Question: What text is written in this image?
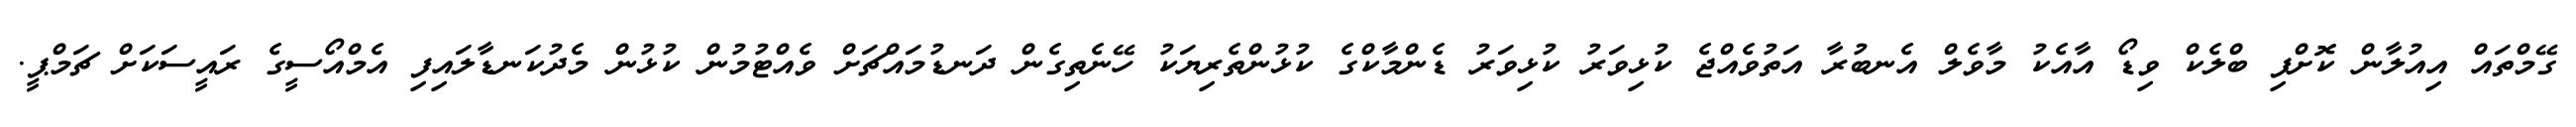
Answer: ގޭމްތައް އިއުލާން ކޮށްފި ބްލެކް ވިޑޯ އާއެކު މާވެލް އެނބުރާ އަތުވެއްޖެ ކުޅިވަރު ކުޅިވަރު ޑެންމާކްގެ ކުޅުންތެރިޔަކު ހޭނެތިގެން ދަނޑުމައްޗަށް ވެއްޓުމުން ކުޅުން މެދުކަނޑާލައިފި އެމްއޯސީގެ ރައީސަކަށް ޗަމްޕީ.